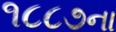
૧૮૮૭ના